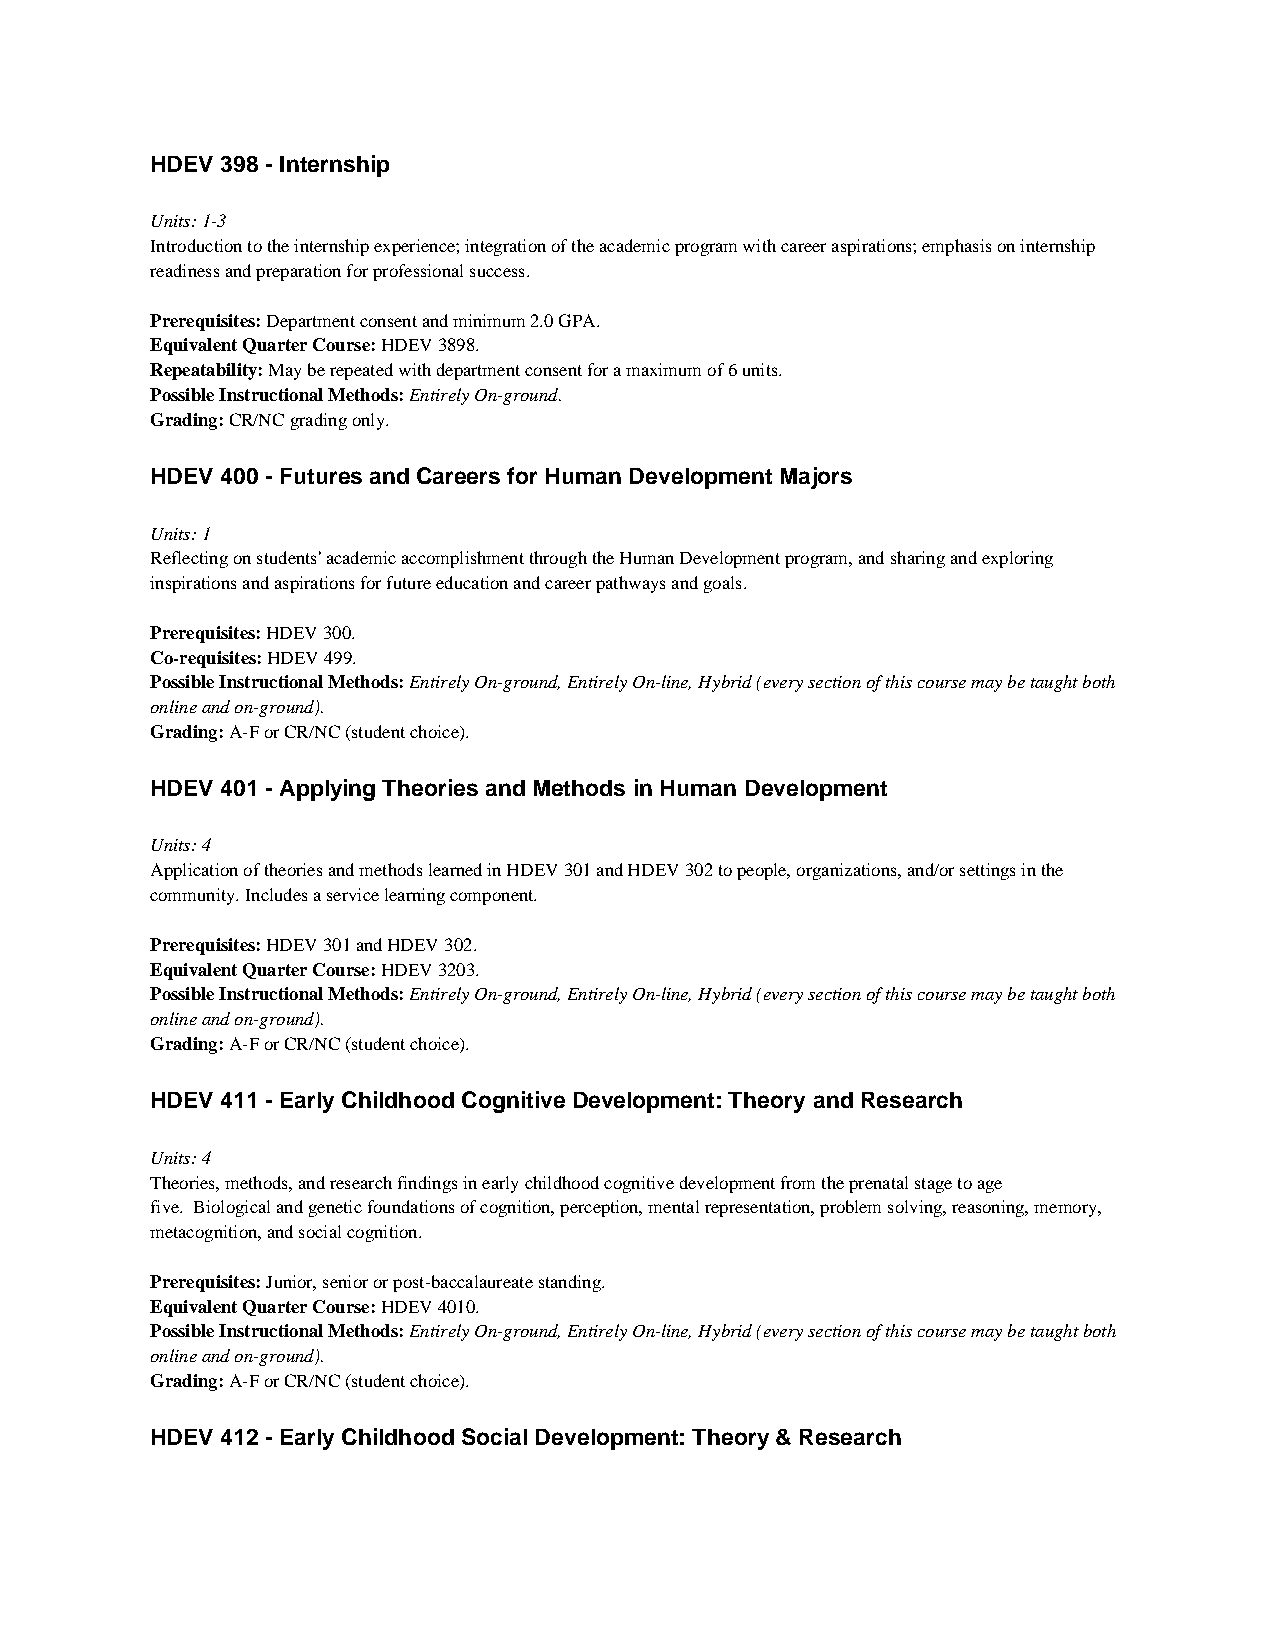
HDEV 398 - Internship
 Units: 1-3
 Introduction to the internship experience; integration of the academic program with career aspirations; emphasis on internship
 readiness and preparation for professional success.
 Prerequisites: Department consent and minimum 2.0 GPA.
 Equivalent Quarter Course: HDEV 3898.
 Repeatability: May be repeated with department consent for a maximum of 6 units.
 Possible Instructional Methods: Entirely On-ground.
 Grading: CR/NC grading only.
 HDEV 400 - Futures and Careers for Human Development Majors
 Units: 1
 Reflecting on students' academic accomplishment through the Human Development program, and sharing and exploring
 inspirations and aspirations for future education and career pathways and goals.
 Prerequisites: HDEV 300.
 Co-requisites: HDEV 499.
 Possible Instructional Methods: Entirely On-ground, Entirely On-line, Hybrid (every section of this course may be taught both
 online and on-ground).
 Grading: A-F or CR/NC (student choice).
 HDEV 401 - Applying Theories and Methods in Human Development
 Units: 4
 Application of theories and methods learned in HDEV 301 and HDEV 302 to people, organizations, and/or settings in the
 community. Includes a service learning component.
 Prerequisites: HDEV 301 and HDEV 302.
 Equivalent Quarter Course: HDEV 3203.
 Possible Instructional Methods: Entirely On-ground, Entirely On-line, Hybrid (every section of this course may be taught both
 online and on-ground).
 Grading: A-F or CR/NC (student choice).
 HDEV 411 - Early Childhood Cognitive Development: Theory and Research
 Units: 4
 Theories, methods, and research findings in early childhood cognitive development from the prenatal stage to age
 five. Biological and genetic foundations of cognition, perception, mental representation, problem solving, reasoning, memory,
 metacognition, and social cognition.
 Prerequisites: Junior, senior or post-baccalaureate standing.
 Equivalent Quarter Course: HDEV 4010.
 Possible Instructional Methods: Entirely On-ground, Entirely On-line, Hybrid (every section of this course may be taught both
 online and on-ground).
 Grading: A-F or CR/NC (student choice).
 HDEV 412 - Early Childhood Social Development: Theory & Research